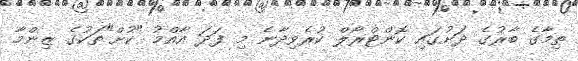
ތިމާގެ ބާރުގެ ދަށުގައި ކޮންޓްރޯލް ކުރެވިދާނެ މި ފަދަ އާއްމު "ކުށް"ތަކުގެ ޒިންމާ